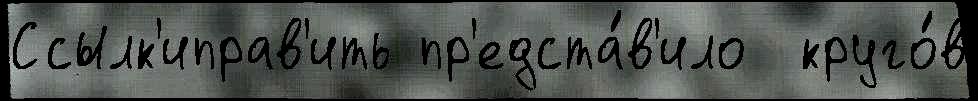
Ссылк'иправ'ить пр'едста́в'ило  круго́в